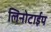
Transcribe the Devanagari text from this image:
लिनोटाईप